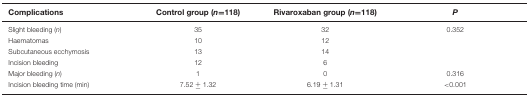
<table><thead><tr><td><b>Complications</b></td><td><b>Control group (<i>n</i>=118)</b></td><td><b>Rivaroxaban group (<i>n</i>=118)</b></td><td><b><i>P</i></b></td></tr></thead><tbody><tr><td>Slight bleeding (<i>n</i>)</td><td>35</td><td>32</td><td>0.352</td></tr><tr><td>Haematomas</td><td>10</td><td>12</td><td></td></tr><tr><td>Subcutaneous ecchymosis</td><td>13</td><td>14</td><td></td></tr><tr><td>Incision bleeding</td><td>12</td><td>6</td><td></td></tr><tr><td>Major bleeding (<i>n</i>)</td><td>1</td><td>0</td><td>0.316</td></tr><tr><td>Incision bleeding time (min)</td><td>7.52 ± 1.32</td><td>6.19 ± 1.31</td><td>&lt;0.001</td></tr></tbody></table>